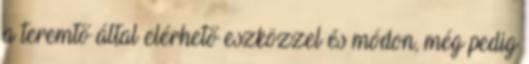
a teremtő által elérhető eszközzel és módon, még pedig